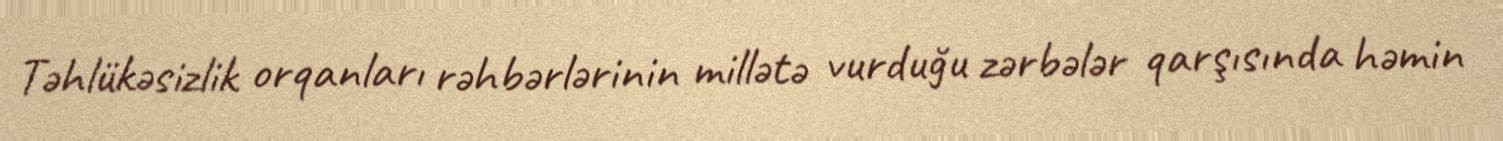
Təhlükəsizlik orqanları rəhbərlərinin millətə vurduğu zərbələr qarşısında həmin